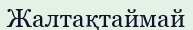
Жалтақтаймай